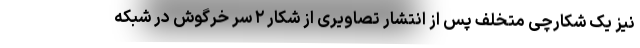
نیز یک شکارچی متخلف پس از انتشار تصاویری از شکار ۲ سر خرگوش در شبکه